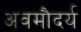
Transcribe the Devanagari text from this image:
अवमौदर्य